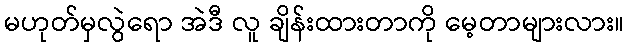
မဟုတ်မှလွဲရော အဲဒီ လူ ချိန်းထားတာကို မေ့တာများလား။